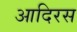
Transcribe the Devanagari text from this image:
आदिरस